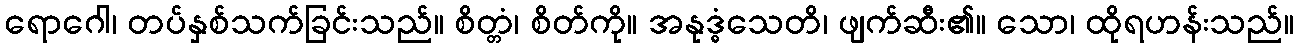
ရောဂေါ၊ တပ်နှစ်သက်ခြင်းသည်။ စိတ္တံ၊ စိတ်ကို။ အနုဒ္ဓံသေတိ၊ ဖျက်ဆီး၏။ သော၊ ထိုရဟန်းသည်။